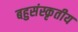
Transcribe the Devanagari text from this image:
बहुसंस्कृतीय